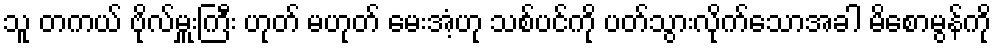
သူ တကယ် ဗိုလ်မှူးကြီး ဟုတ် မဟုတ် မေးအံ့ဟု သစ်ပင်ကို ပတ်သွားလိုက်သောအခါ မိစောမွန်ကို